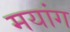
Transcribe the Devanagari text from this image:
मयांग